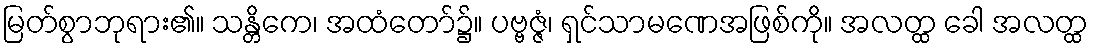
မြတ်စွာဘုရား၏။ သန္တိကေ၊ အထံတော်၌။ ပဗ္ဗဇ္ဇံ၊ ရှင်သာမဏေအဖြစ်ကို။ အလတ္ထ ခေါ အလတ္ထ